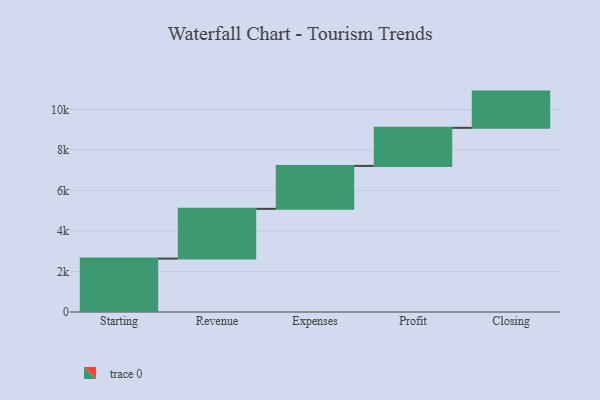
{"axis": {"x": "Step", "y": "Value"}, "legend": [""], "data": [{"x": "Starting", "y": 2639.0, "type": ""}, {"x": "Revenue", "y": 2457.0, "type": ""}, {"x": "Expenses", "y": 2122.0, "type": ""}, {"x": "Profit", "y": 1881.0, "type": ""}, {"x": "Closing", "y": 1790.0, "type": ""}]}